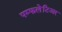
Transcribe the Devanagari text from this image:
पम्फलेटिअर